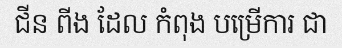
ជីន ពីង ដែល កំពុង បម្រើការ ជា